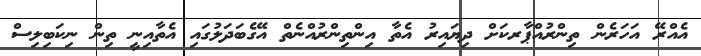
އެއްރޭ އަހަރެން ތިންރުއްޕާރކަށް ދިޔައިރު އެތާ އިންތިންރުއްނެތް އޭގެބަދަލުގައި އެތާއިނީ ތިން ނިކަބިލިސް